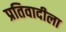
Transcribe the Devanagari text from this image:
प्रतिवादीला